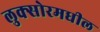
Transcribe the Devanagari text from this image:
लुक्सोरमधील